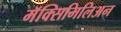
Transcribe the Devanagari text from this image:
मॅक्सिमिलिअन